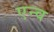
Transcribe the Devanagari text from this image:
एन्व